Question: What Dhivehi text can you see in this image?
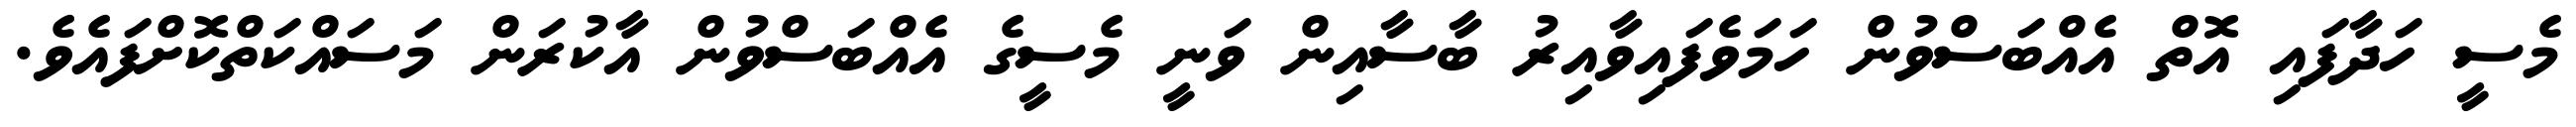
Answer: މެސީ ހަދާފައި އޮތް އެއްބަސްވުން ހަމަވެފައިވާއިރު ބާސާއިން ވަނީ މެސީގެ އެއްބަސްވުން އާކުރަން މަސައްކަތްކޮށްފައެވެ.